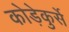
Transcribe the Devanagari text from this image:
कोड़ेकुर्से